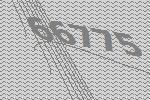
66775